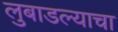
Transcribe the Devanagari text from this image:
लुबाडल्याचा